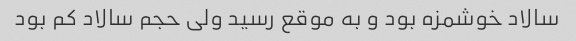
سالاد خوشمزه بود و به موقع رسید ولی حجم سالاد کم بود